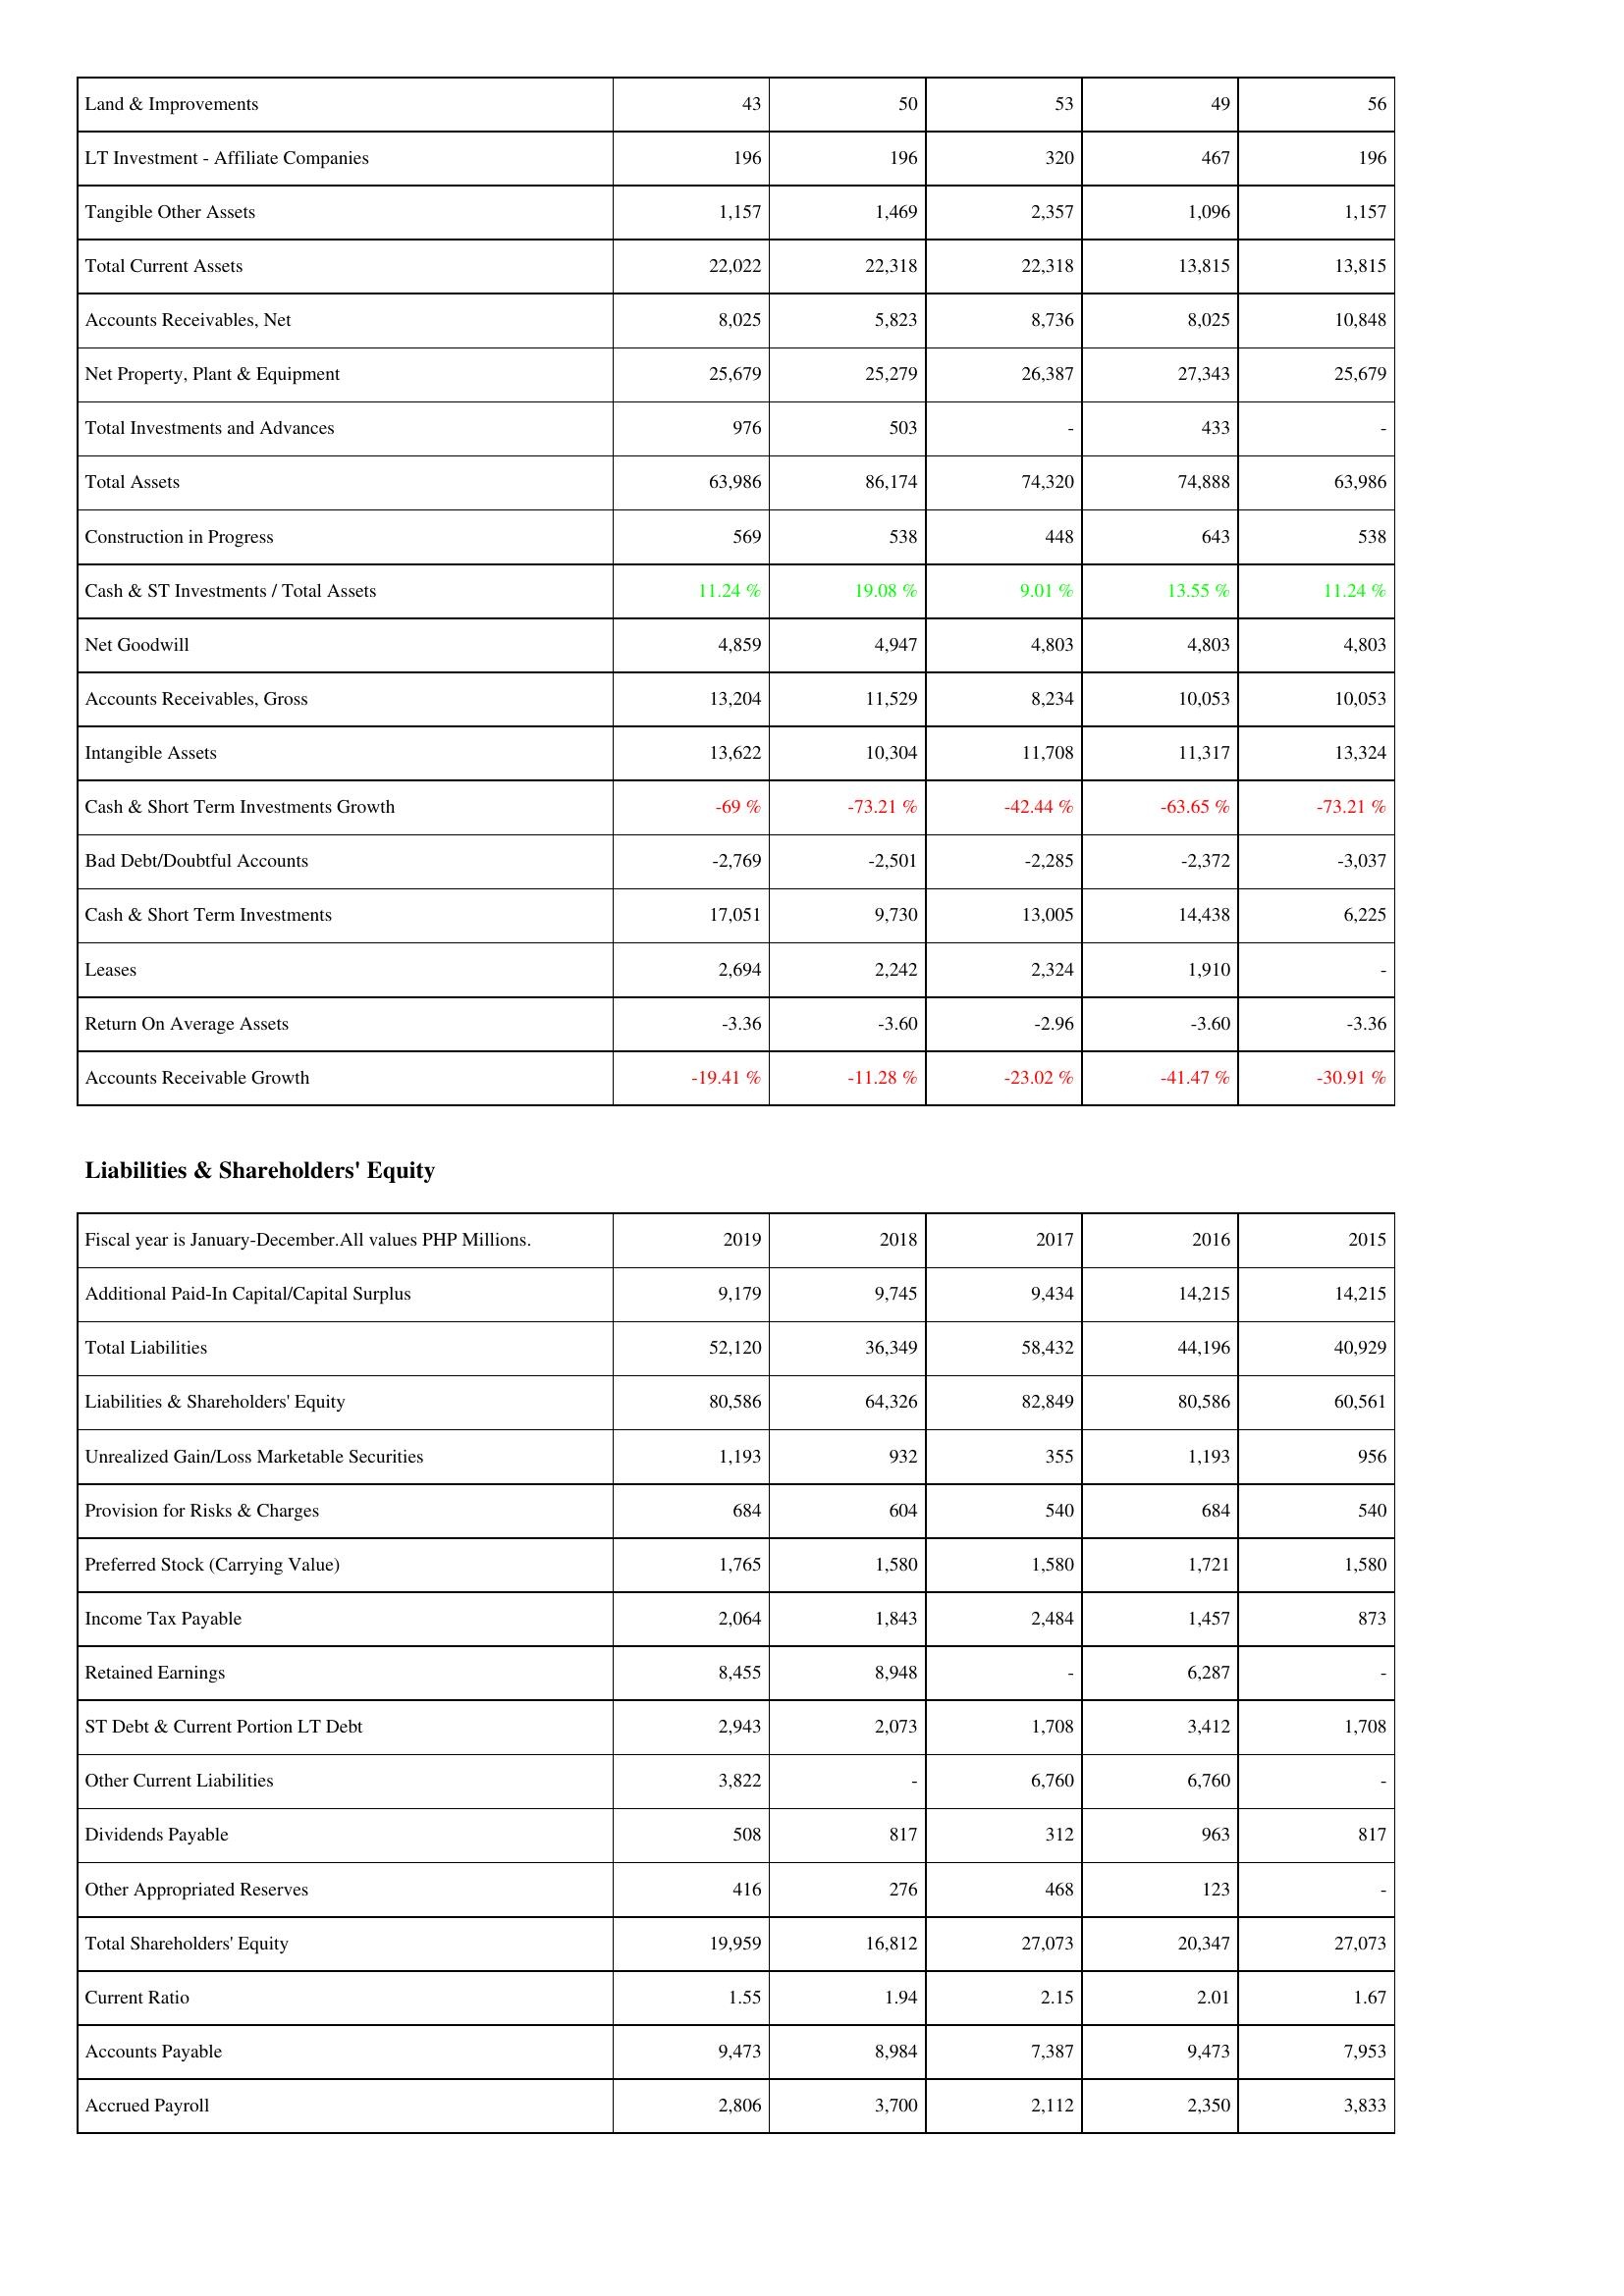
2019: Assets: Land & Improvements: 43
LT Investment - Affiliate Companies: 196
Tangible Other Assets: 1,157
Total Current Assets: 22,022
Accounts Receivables, Net: 8,025
Net Property, Plant & Equipment: 25,679
Total Investments and Advances: 976
Total Assets: 63,986
Construction in Progress: 569
Cash & ST Investments / Total Assets: 11.24 %
Net Goodwill: 4,859
Accounts Receivables, Gross: 13,204
Intangible Assets: 13,622
Cash & Short Term Investments Growth: -69 %
Bad Debt/Doubtful Accounts: -2,769
Cash & Short Term Investments: 17,051
Leases: 2,694
Return On Average Assets: -3.36
Accounts Receivable Growth: -19.41 %
Liabilities & Shareholders' Equity: Additional Paid-In Capital/Capital Surplus: 9,179
Total Liabilities: 52,120
Liabilities & Shareholders' Equity: 80,586
Unrealized Gain/Loss Marketable Securities: 1,193
Provision for Risks & Charges: 684
Preferred Stock (Carrying Value): 1,765
Income Tax Payable: 2,064
Retained Earnings: 8,455
ST Debt & Current Portion LT Debt: 2,943
Other Current Liabilities: 3,822
Dividends Payable: 508
Other Appropriated Reserves: 416
Total Shareholders' Equity: 19,959
Current Ratio: 1.55
Accounts Payable: 9,473
Accrued Payroll: 2,806
2018: Assets: Land & Improvements: 50
LT Investment - Affiliate Companies: 196
Tangible Other Assets: 1,469
Total Current Assets: 22,318
Accounts Receivables, Net: 5,823
Net Property, Plant & Equipment: 25,279
Total Investments and Advances: 503
Total Assets: 86,174
Construction in Progress: 538
Cash & ST Investments / Total Assets: 19.08 %
Net Goodwill: 4,947
Accounts Receivables, Gross: 11,529
Intangible Assets: 10,304
Cash & Short Term Investments Growth: -73.21 %
Bad Debt/Doubtful Accounts: -2,501
Cash & Short Term Investments: 9,730
Leases: 2,242
Return On Average Assets: -3.60
Accounts Receivable Growth: -11.28 %
Liabilities & Shareholders' Equity: Additional Paid-In Capital/Capital Surplus: 9,745
Total Liabilities: 36,349
Liabilities & Shareholders' Equity: 64,326
Unrealized Gain/Loss Marketable Securities: 932
Provision for Risks & Charges: 604
Preferred Stock (Carrying Value): 1,580
Income Tax Payable: 1,843
Retained Earnings: 8,948
ST Debt & Current Portion LT Debt: 2,073
Other Current Liabilities: -
Dividends Payable: 817
Other Appropriated Reserves: 276
Total Shareholders' Equity: 16,812
Current Ratio: 1.94
Accounts Payable: 8,984
Accrued Payroll: 3,700
2017: Assets: Land & Improvements: 53
LT Investment - Affiliate Companies: 320
Tangible Other Assets: 2,357
Total Current Assets: 22,318
Accounts Receivables, Net: 8,736
Net Property, Plant & Equipment: 26,387
Total Investments and Advances: -
Total Assets: 74,320
Construction in Progress: 448
Cash & ST Investments / Total Assets: 9.01 %
Net Goodwill: 4,803
Accounts Receivables, Gross: 8,234
Intangible Assets: 11,708
Cash & Short Term Investments Growth: -42.44 %
Bad Debt/Doubtful Accounts: -2,285
Cash & Short Term Investments: 13,005
Leases: 2,324
Return On Average Assets: -2.96
Accounts Receivable Growth: -23.02 %
Liabilities & Shareholders' Equity: Additional Paid-In Capital/Capital Surplus: 9,434
Total Liabilities: 58,432
Liabilities & Shareholders' Equity: 82,849
Unrealized Gain/Loss Marketable Securities: 355
Provision for Risks & Charges: 540
Preferred Stock (Carrying Value): 1,580
Income Tax Payable: 2,484
Retained Earnings: -
ST Debt & Current Portion LT Debt: 1,708
Other Current Liabilities: 6,760
Dividends Payable: 312
Other Appropriated Reserves: 468
Total Shareholders' Equity: 27,073
Current Ratio: 2.15
Accounts Payable: 7,387
Accrued Payroll: 2,112
2016: Assets: Land & Improvements: 49
LT Investment - Affiliate Companies: 467
Tangible Other Assets: 1,096
Total Current Assets: 13,815
Accounts Receivables, Net: 8,025
Net Property, Plant & Equipment: 27,343
Total Investments and Advances: 433
Total Assets: 74,888
Construction in Progress: 643
Cash & ST Investments / Total Assets: 13.55 %
Net Goodwill: 4,803
Accounts Receivables, Gross: 10,053
Intangible Assets: 11,317
Cash & Short Term Investments Growth: -63.65 %
Bad Debt/Doubtful Accounts: -2,372
Cash & Short Term Investments: 14,438
Leases: 1,910
Return On Average Assets: -3.60
Accounts Receivable Growth: -41.47 %
Liabilities & Shareholders' Equity: Additional Paid-In Capital/Capital Surplus: 14,215
Total Liabilities: 44,196
Liabilities & Shareholders' Equity: 80,586
Unrealized Gain/Loss Marketable Securities: 1,193
Provision for Risks & Charges: 684
Preferred Stock (Carrying Value): 1,721
Income Tax Payable: 1,457
Retained Earnings: 6,287
ST Debt & Current Portion LT Debt: 3,412
Other Current Liabilities: 6,760
Dividends Payable: 963
Other Appropriated Reserves: 123
Total Shareholders' Equity: 20,347
Current Ratio: 2.01
Accounts Payable: 9,473
Accrued Payroll: 2,350
2015: Assets: Land & Improvements: 56
LT Investment - Affiliate Companies: 196
Tangible Other Assets: 1,157
Total Current Assets: 13,815
Accounts Receivables, Net: 10,848
Net Property, Plant & Equipment: 25,679
Total Investments and Advances: -
Total Assets: 63,986
Construction in Progress: 538
Cash & ST Investments / Total Assets: 11.24 %
Net Goodwill: 4,803
Accounts Receivables, Gross: 10,053
Intangible Assets: 13,324
Cash & Short Term Investments Growth: -73.21 %
Bad Debt/Doubtful Accounts: -3,037
Cash & Short Term Investments: 6,225
Leases: -
Return On Average Assets: -3.36
Accounts Receivable Growth: -30.91 %
Liabilities & Shareholders' Equity: Additional Paid-In Capital/Capital Surplus: 14,215
Total Liabilities: 40,929
Liabilities & Shareholders' Equity: 60,561
Unrealized Gain/Loss Marketable Securities: 956
Provision for Risks & Charges: 540
Preferred Stock (Carrying Value): 1,580
Income Tax Payable: 873
Retained Earnings: -
ST Debt & Current Portion LT Debt: 1,708
Other Current Liabilities: -
Dividends Payable: 817
Other Appropriated Reserves: -
Total Shareholders' Equity: 27,073
Current Ratio: 1.67
Accounts Payable: 7,953
Accrued Payroll: 3,833